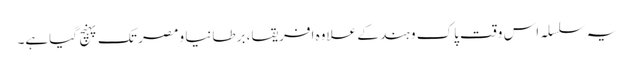
یہ سلسلہ اس وقت پاک و ہند کے علاوہ افریقا، برطانیا و مصر تک پہنچ گیاہے۔